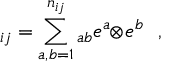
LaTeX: \O _ { i j } = \sum _ { a , b = 1 } ^ { n _ { i j } } \O _ { a b } e ^ { a } \! \! \otimes \! e ^ { b } \ \ ,